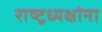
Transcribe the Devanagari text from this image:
राष्ट्रध्यक्षांना